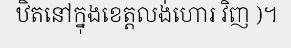
ឋិតនៅក្នុងខេត្តលង់ហោរ វិញ )។